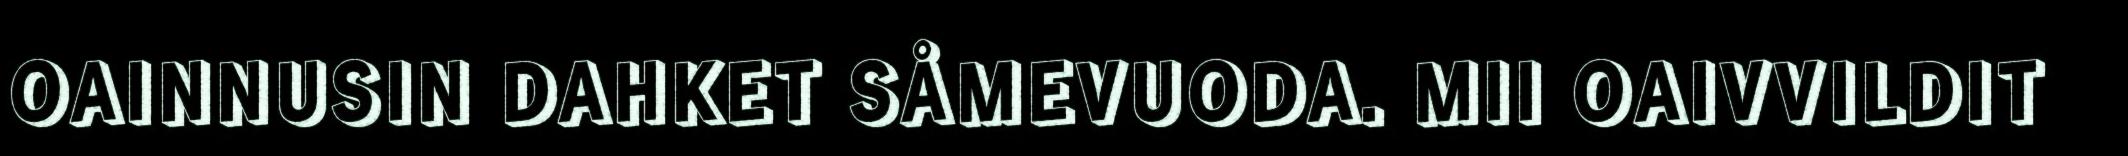
OAINNUSIN DAHKET SÅMEVUODA. MII OAIVVILDIT